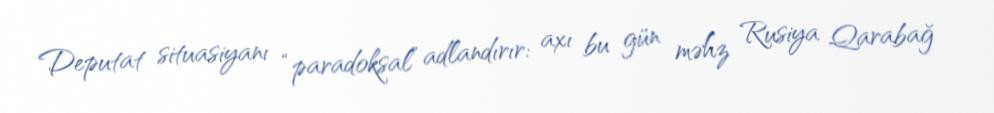
Deputat situasiyanı “paradoksal” adlandırır: axı bu gün məhz Rusiya Qarabağ